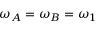
\omega _ { A } = \omega _ { B } = \omega _ { 1 }